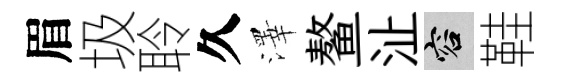
眉圾聆久澤鳌沚容鞋